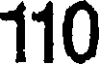
110